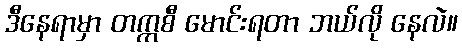
ဒီနေရာမှာ တက္ကစီ မောင်းရတာ ဘယ်လို နေလဲ။